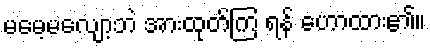
မမေ့မလျော့ဘဲ အားထုတ်ကြ ရန် ဟောထား၏။